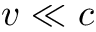
v \ll c